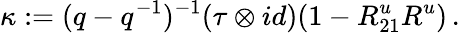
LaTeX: \kappa:=(q-q^{-1})^{-1}(\tau\otimes id)(1-R_{21}^{u}R^{u})\, .